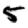
Digit: 5